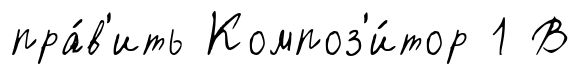
пра́в'ить Композ'и́тор 1 В